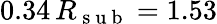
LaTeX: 0.34\, R_{\mathrm{~s~u~b~}}=1.53